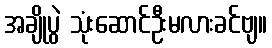
အချိုပွဲ သုံးဆောင်ဦးမလားခင်ဗျ။